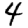
Digit: 4